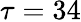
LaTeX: \tau=34